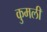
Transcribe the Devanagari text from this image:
कुमली